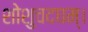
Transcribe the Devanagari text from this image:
शोशुचदघम्।